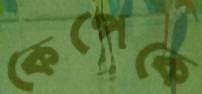
কেপেকে